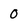
Character: 0